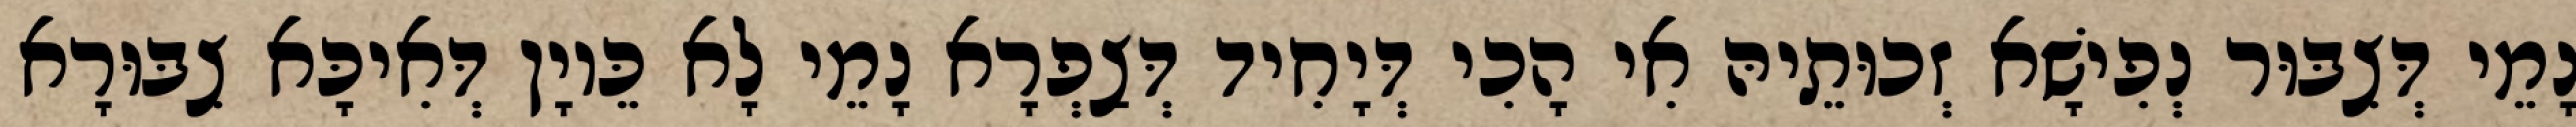
נָמֵי דְּצִבּוּר נְפִישָׁא זְכוּתֵיהּ אִי הָכִי דְּיָחִיד דְּצַפְרָא נָמֵי לָא כֵּיוָן דְּאִיכָּא צִבּוּרָא